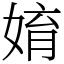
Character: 㛩